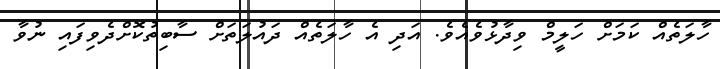
ހާލަތެއް ކަމަށް ހަލީމް ވިދާޅުވެއެވެ. އަދި އެ ހާލަތެއް ދައުލަތަށް ސާބިތުކޮށްދެވިފައި ނުވާ